Leaving Certificate Examination (including Day School Certificate (Higher) General paper), 1936
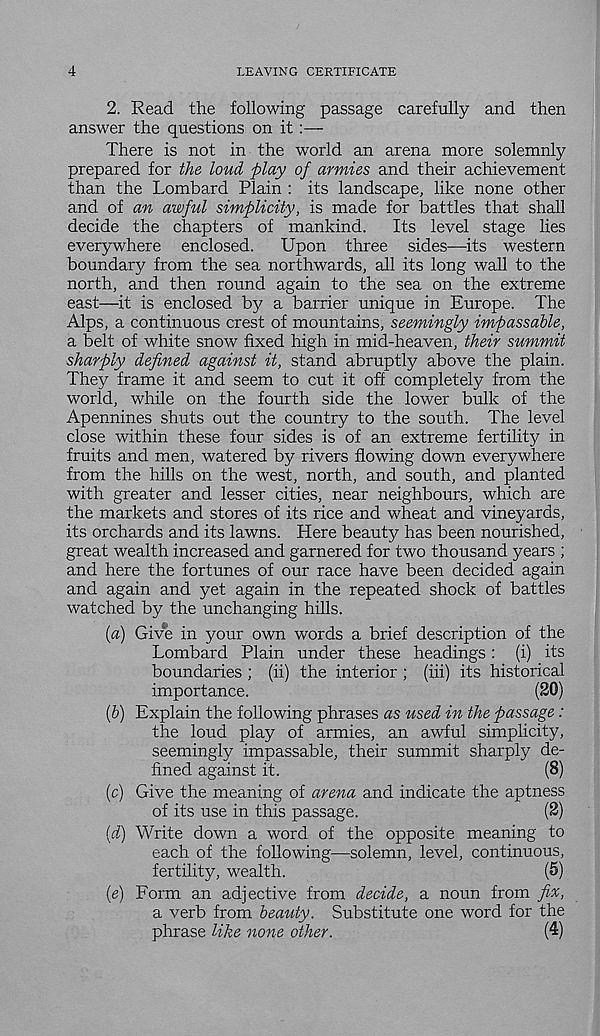
4
LEAVING CERTIFICATE
2. Read the following passage carefully and then
answer the questions on it:—
There is not in the world an arena more solemnly
prepared for the loud play of armies and their achievement
than the Lombard Plain : its landscape, like none other
and of an awful simplicity, is made for battles that shall
decide the chapters of mankind. Its level stage lies
everywhere enclosed. Upon three sides—-its western
boundary from the sea northwards, all its long wall to the
north, and then round again to the sea on the extreme
east—it is enclosed by a barrier unique in Europe. The
Alps, a continuous crest of mountains, seemingly impassable,
a belt of white snow fixed high in mid-heaven, their summit
sharply defined against it, stand abruptly above the plain.
They frame it and seem to cut it oft completely from the
world, while on the fourth side the lower bulk of the
Apennines shuts out the country to the south. The level
close within these four sides is of an extreme fertility in
fruits and men, watered by rivers flowing down everywhere
from the hills on the west, north, and south, and planted
with greater and lesser cities, near neighbours, which are
the markets and stores of its rice and wheat and vineyards,
its orchards and its lawns. Here beauty has been nourished,
great wealth increased and garnered for two thousand years ;
and here the fortunes of our race have been decided again
and again and yet again in the repeated shock of battles
watched by the unchanging hills.
(a) Give in your own words a brief description of the
Lombard Plain under these headings: (i) its
boundaries ; (ii) the interior ; (iii) its historical
importance.
(20)
(&) Explain the following phrases as used in the passage:
the loud play of armies, an awful simplicity,
seemingly impassable, their summit sharply de-
fined against it.
(8)
(c) Give the meaning of arena and indicate the aptness
of its use in this passage.
(2)
(d) Write down a word of the opposite meaning to
each of the following—solemn, level, continuous,
fertility, wealth.
(5)
(e) Form an adjective from decide, a noun from fix,
a verb from beauty. Substitute one word for the
phrase like none other.
(4)